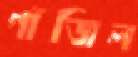
গাঁজিল